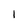
Character: 1